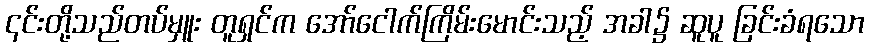
၎င်းတို့သည်တပ်မှူး တူရှင်က အော်ငေါက်ကြိမ်းမောင်းသည့် အခါ၌ ဆူပူ ခြင်းခံရသော